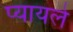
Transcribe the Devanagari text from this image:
प्यायले